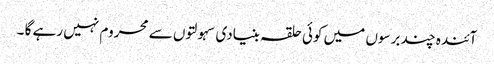
آئندہ چند برسوں میں کوئی حلقہ بنیادی سہولتوں سے محروم نہیں رہے گا ۔